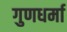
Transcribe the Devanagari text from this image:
गुणधर्मा